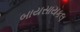
બાયસાયકલ